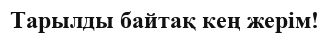
Тарылды байтақ кең жерім!